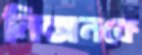
নিক্সনকে